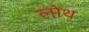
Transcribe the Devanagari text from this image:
लोथ